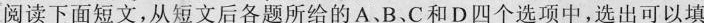
阅读下面短文,从短文后各题所给的A、B、C和D四个选项中,选出可以填